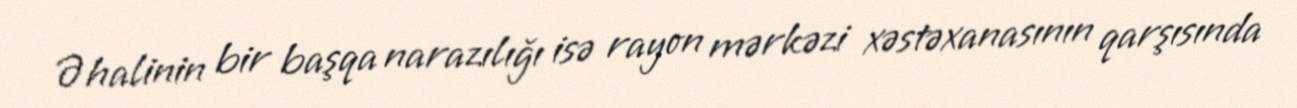
Əhalinin bir başqa narazılığı isə rayon mərkəzi xəstəxanasının qarşısında